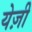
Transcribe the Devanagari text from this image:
येज़ी